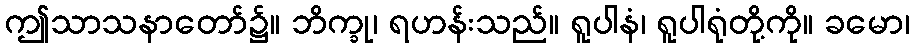
ဤသာသနာတော်၌။ ဘိက္ခု၊ ရဟန်းသည်။ ရူပါနံ၊ ရူပါရုံတို့ကို။ ခမော၊